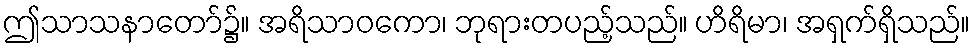
ဤသာသနာတော်၌။ အရိသာဝကော၊ ဘုရားတပည့်သည်။ ဟိရိမာ၊ အရှက်ရှိသည်။